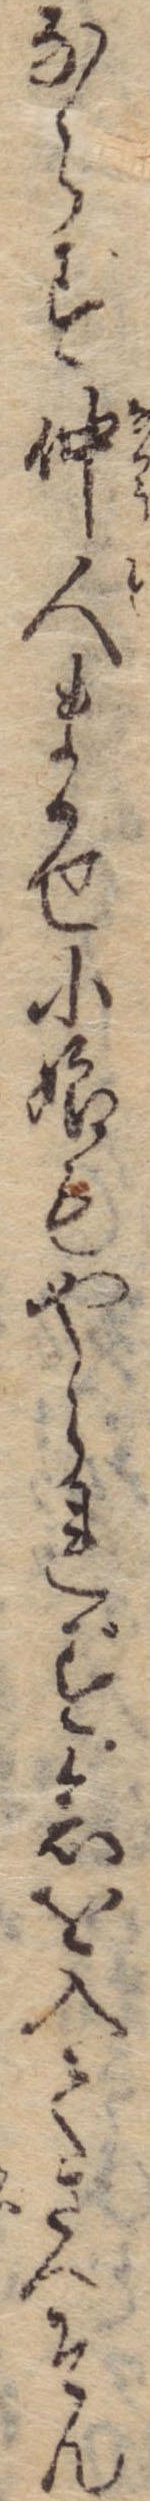
ならず仲人まかせに娘もやられず念を入てさへそん